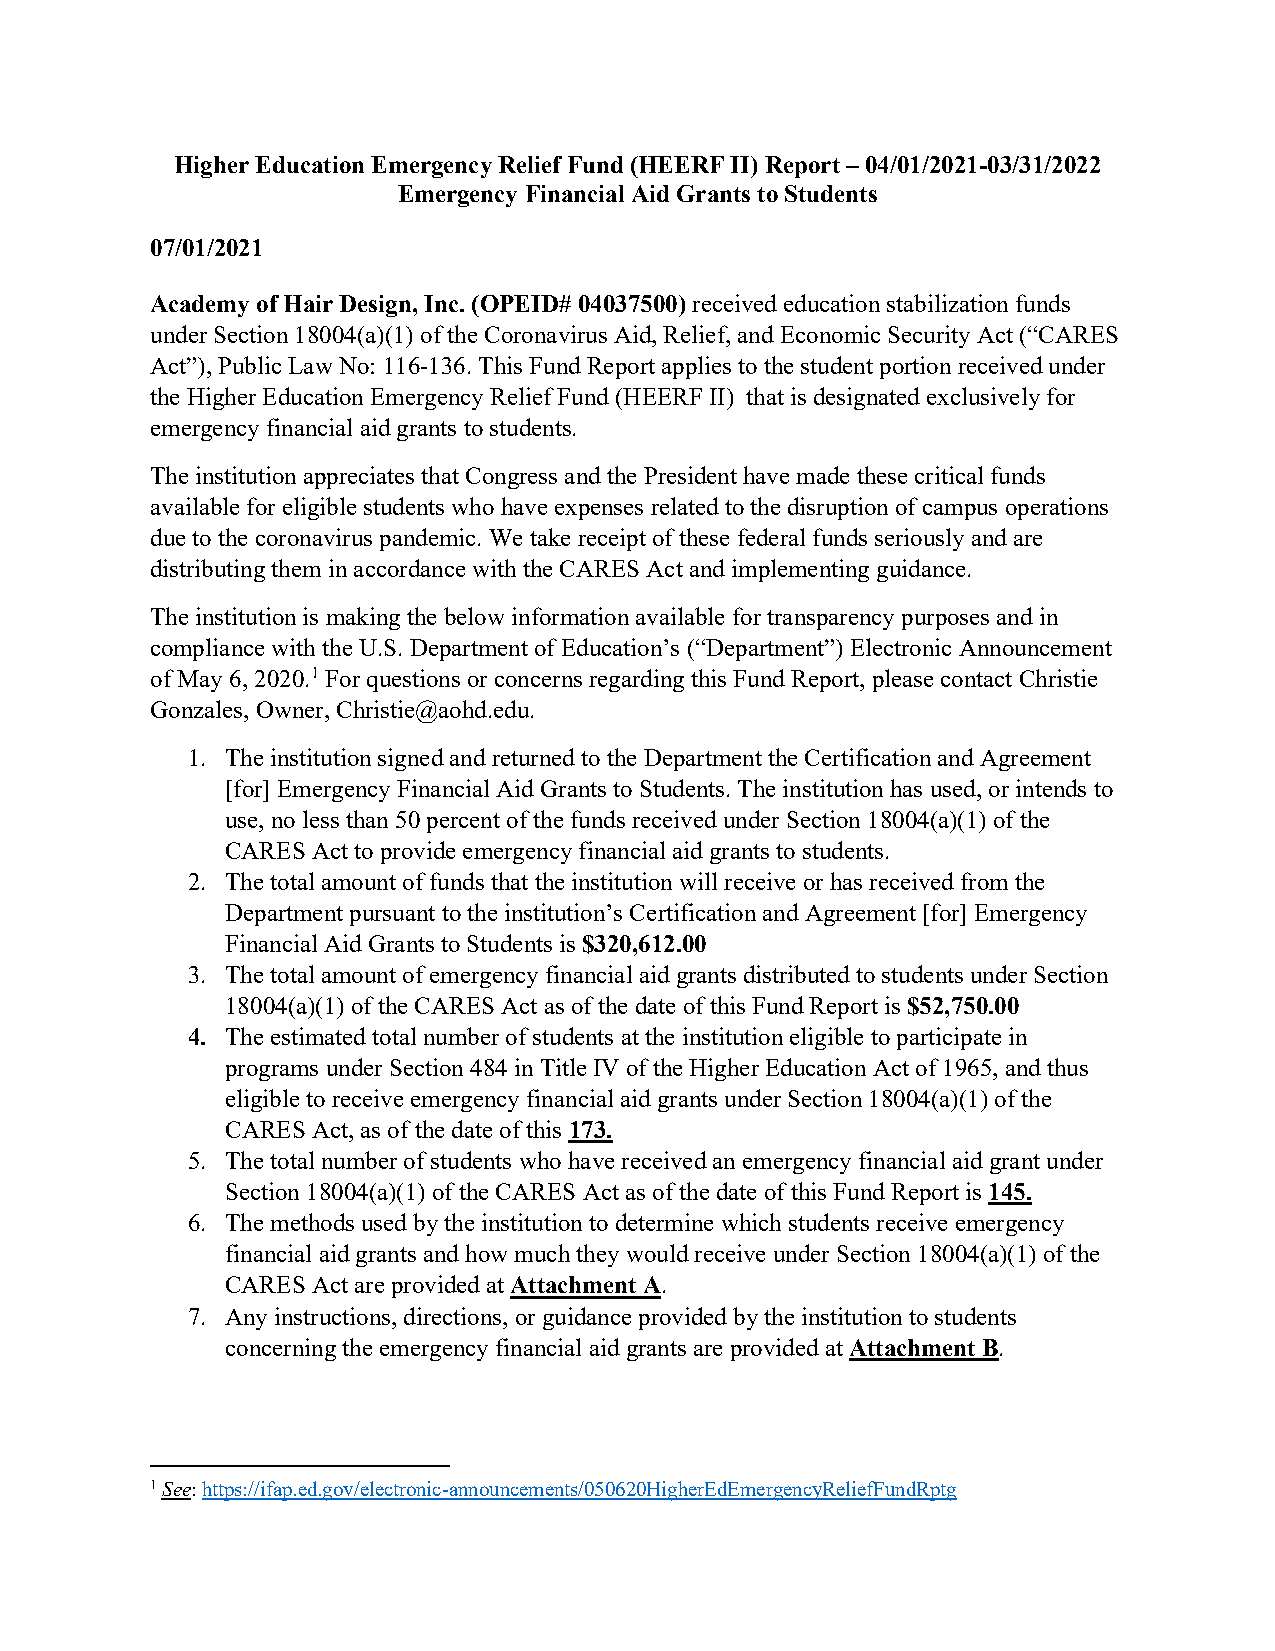
Higher Education Emergency Relief Fund (HEERF II) Report – 04/01/2021-03/31/2022
 Emergency Financial Aid Grants to Students
 07/01/2021
 Academy of Hair Design, Inc. (OPEID# 04037500) received education stabilization funds
 under Section 18004(a)(1) of the Coronavirus Aid, Relief, and Economic Security Act (“CARES
 Act”), Public Law No: 116-136. This Fund Report applies to the student portion received under
 the Higher Education Emergency Relief Fund (HEERF II) that is designated exclusively for
 emergency financial aid grants to students.
 The institution appreciates that Congress and the President have made these critical funds
 available for eligible students who have expenses related to the disruption of campus operations
 due to the coronavirus pandemic. We take receipt of these federal funds seriously and are
 distributing them in accordance with the CARES Act and implementing guidance.
 The institution is making the below information available for transparency purposes and in
 compliance with the U.S. Department of Education’s (“Department”) Electronic Announcement
 of May 6, 2020.1 For questions or concerns regarding this Fund Report, please contact Christie
 Gonzales, Owner, Christie@aohd.edu.
 1. The institution signed and returned to the Department the Certification and Agreement
 [for] Emergency Financial Aid Grants to Students. The institution has used, or intends to
 use, no less than 50 percent of the funds received under Section 18004(a)(1) of the
 CARES Act to provide emergency financial aid grants to students.
 2. The total amount of funds that the institution will receive or has received from the
 Department pursuant to the institution’s Certification and Agreement [for] Emergency
 Financial Aid Grants to Students is $320,612.00
 3. The total amount of emergency financial aid grants distributed to students under Section
 18004(a)(1) of the CARES Act as of the date of this Fund Report is $52,750.00
 4. The estimated total number of students at the institution eligible to participate in
 programs under Section 484 in Title IV of the Higher Education Act of 1965, and thus
 eligible to receive emergency financial aid grants under Section 18004(a)(1) of the
 CARES Act, as of the date of this 173.
 5. The total number of students who have received an emergency financial aid grant under
 Section 18004(a)(1) of the CARES Act as of the date of this Fund Report is 145.
 6. The methods used by the institution to determine which students receive emergency
 financial aid grants and how much they would receive under Section 18004(a)(1) of the
 CARES Act are provided at Attachment A.
 7. Any instructions, directions, or guidance provided by the institution to students
 concerning the emergency financial aid grants are provided at Attachment B.
 1 See: https://ifap.ed.gov/electronic-announcements/050620HigherEdEmergencyReliefFundRptg